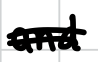
Text: and
Cross-out: double-line
Writing tool: digital_black